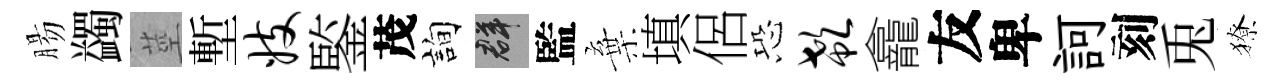
腸蠲莖塹妓鍳茂詢群監棄填侶恐欷龕友卑訶刻兎獠